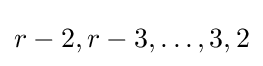
r-2,r-3,\ldots ,3,2